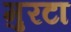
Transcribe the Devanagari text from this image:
मुरटा